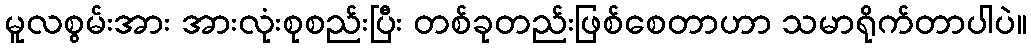
မူလစွမ်းအား အားလုံးစုစည်းပြီး တစ်ခုတည်းဖြစ်စေတာဟာ သမာရိုက်တာပါပဲ။